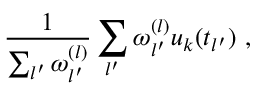
\frac { 1 } { \sum _ { l ^ { \prime } } \omega _ { l ^ { \prime } } ^ { ( l ) } } \sum _ { l ^ { \prime } } \omega _ { l ^ { \prime } } ^ { ( l ) } u _ { k } ( t _ { l ^ { \prime } } ) \ ,